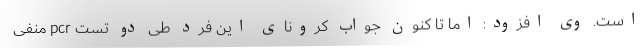
است. وی افزود: اما تا کنون جواب کرونای این فرد طی دو تست pcr منفی